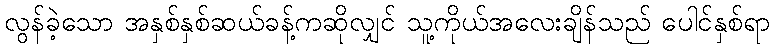
လွန်ခဲ့သော အနှစ်နှစ်ဆယ်ခန့်ကဆိုလျှင် သူ့ကိုယ်အလေးချိန်သည် ပေါင်နှစ်ရာ